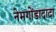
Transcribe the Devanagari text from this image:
नेमगोंडादादा